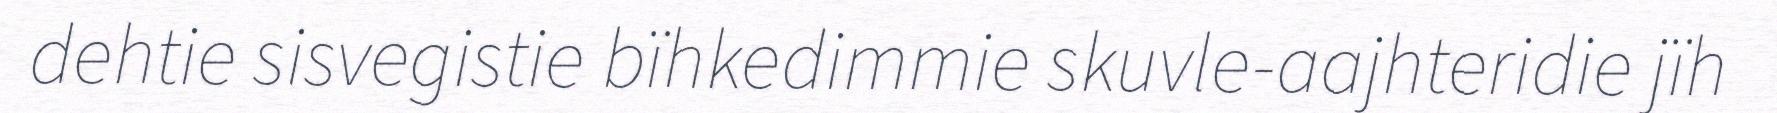
dehtie sisvegistie bïhkedimmie skuvle-aajhteridie jïh